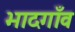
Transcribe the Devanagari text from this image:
भादगाँव